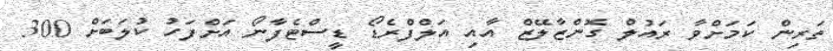
ތަރިން ކަމަށްވާ ރައުލް ގޮންޒާލޭޒް އާއި އަލްފްރެޑޯ ޑީސްޓެފާނޯ އަށްފަހު ކުލަބަށް 300